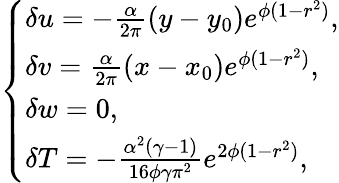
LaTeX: \left\{ \begin{array}{ll}{\delta u=-\frac{\alpha}{2\pi}(y-y_{0})e^{\phi(1-r^{2})},}\\ {\delta v=\frac{\alpha}{2\pi}(x-x_{0})e^{\phi(1-r^{2})},}\\ {\delta w=0,}\\ {\delta T=-\frac{\alpha^{2}(\gamma-1)}{16\phi\gamma\pi^{2}}e^{2\phi(1-r^{2})},}\end{array}\right.